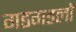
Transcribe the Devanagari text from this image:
गडगडलो